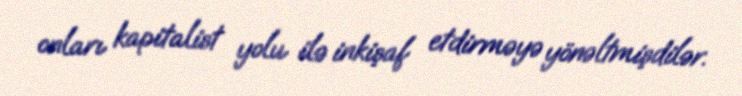
onları kapitalist yolu ilə inkişaf etdirməyə yönəltmişdilər.